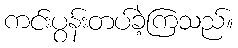
ကင်းပွန်းတပ်ခဲ့ကြသည်။